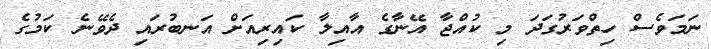
ނަމަވެސް ހިތްވަރުގަދަ މި ކުއްޖާ އޭނާގެ އާއިލާ ކައިރިއަށް އަނބުރައި ދެވޭނެ ކަމުގެ